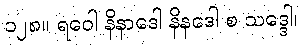
၁၂၈။ ရဝေါ နိနာဒေါ နိနဒေါ စ သဒ္ဒေါ၊